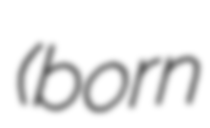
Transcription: (born